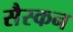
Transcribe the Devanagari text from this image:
सैस्कन